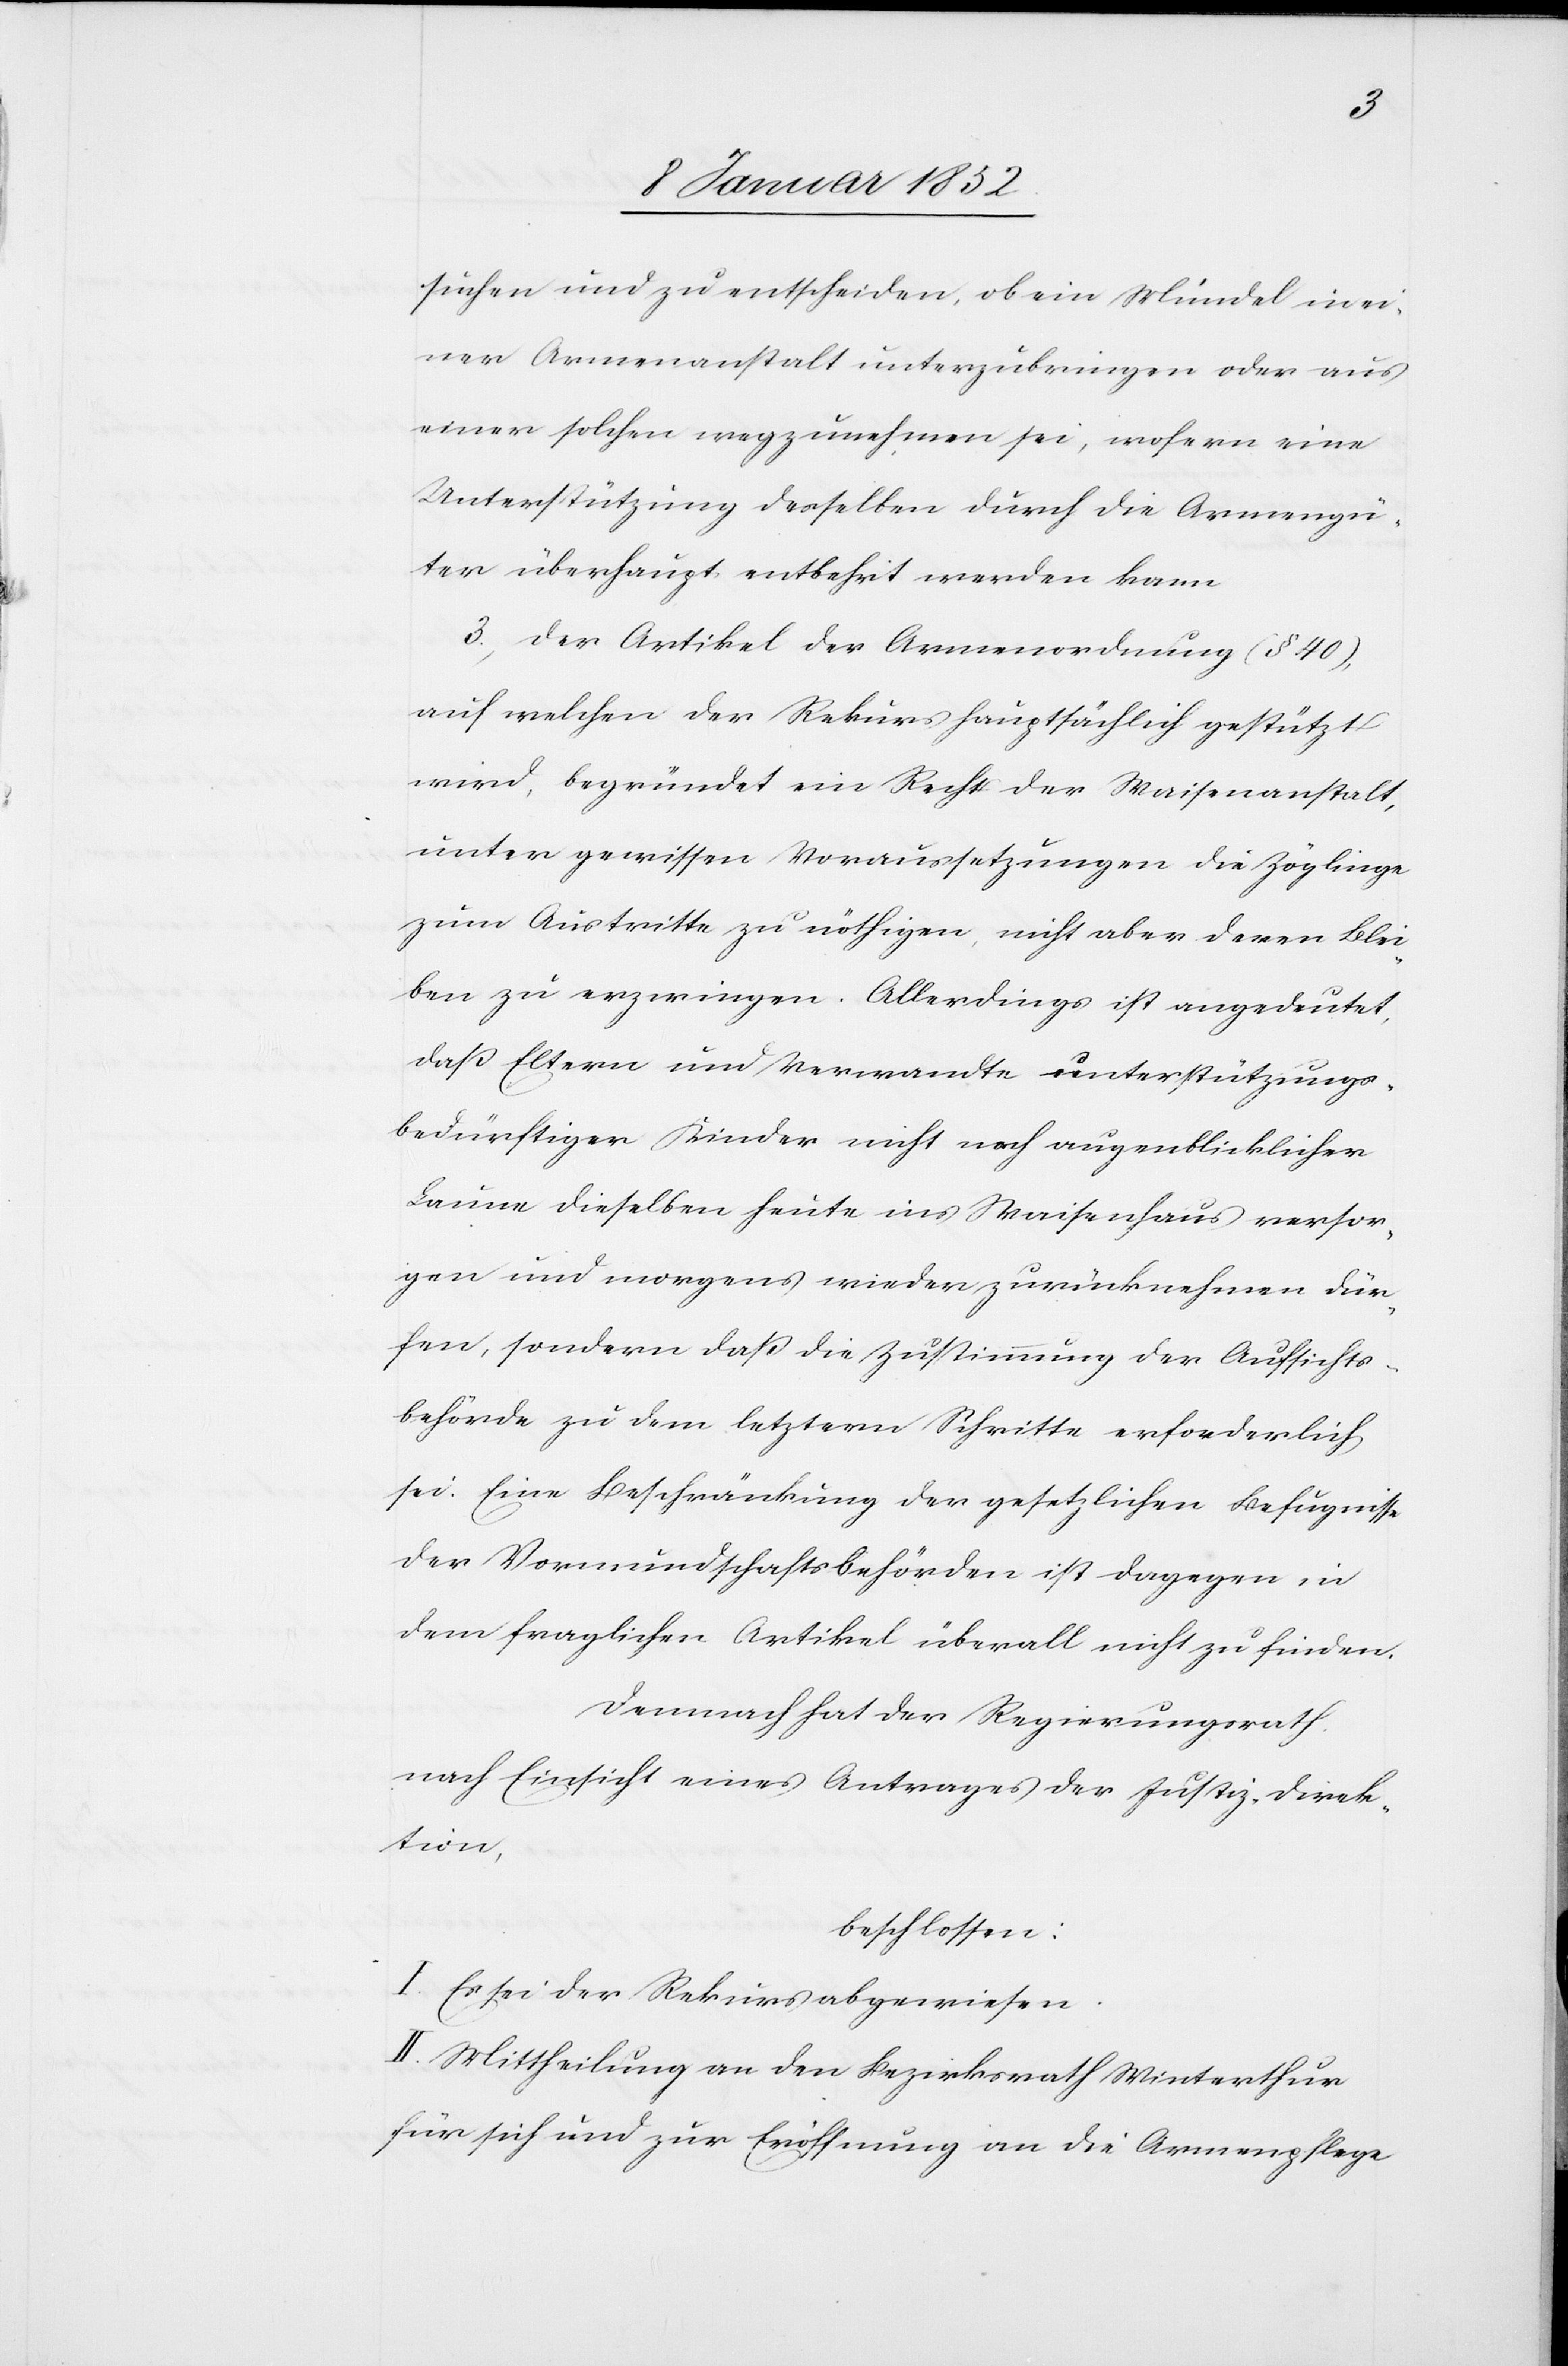
suchen und zu entscheiden, ob ein Mündel in ei¬
ner Armenanstalt unterzubringen oder aus
einer solchen wegzunehmen sei, insofern eine
Unterstützung desselben durch die Armengü¬
ter überhaupt entbehrt werden kann.
3. Der Artikel der Armenordnung (§ 40),
auf welchen der Rekurs hauptsächlich gestützt
wird, begründet ein Recht der Waisenanstalt,
unter gewissen Voraussetzungen die Zöglinge
zum Austritte zu nöthigen, nicht aber deren Blei¬
ben zu erzwingen. Allerdings ist angedeutet,
daß Eltern und Verwandte unterstützungs¬
bedürftiger Kinder nicht nach augenblicklichen
Launen dieselben heute im Waisenhaus versor¬
gen und morgens wieder zurücknehmen dür¬
fen, sondern daß die Zustimmung der Aufsichts¬
behörde zu dem letztern Schritte erforderlich
sei. Eine Beschränkung der gesetzlichen Befugnisse
der Vormundschaftsbehörden ist dagegen in
dem fraglichen Artikel überall nicht zu finden.
demnach hat der Regierungsrath
nach Einsicht eines Antrages der Justiz-Direk¬
tion,
beschlossen:
I. Es sei der Rekurs abgewiesen.
II. Mittheilung an den Bezirksrath Winterthur
für sich und zur Eröffnung an die Armenpflege